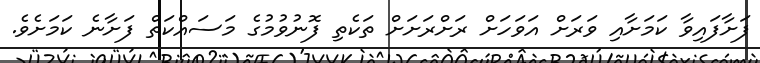
ފަށާފައިވާ ކަމަށާއި ވަރަށް އަވަހަށް ރަށްރަށަށް ތަކެތި ފޮނުވުމުގެ މަސައްކަތް ފަށާނެ ކަމަށެވެ.